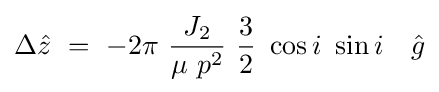
\Delta {\hat {z}}\ =\ -2\pi \ {\frac {J_{2}}{\mu \ p^{2}}}\ {\frac {3}{2}}\ \cos i\ \sin i\quad {\hat {g}}